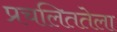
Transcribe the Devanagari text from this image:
प्रचलिततेला